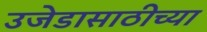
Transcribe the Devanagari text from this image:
उजेडासाठीच्या